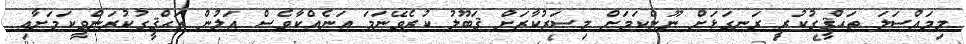
މިމައްސަލަ ތަޙްޤީގުކުރީ ރަނގަޅަށް ނޫންކަމަށް މިސަރުކާރަށް ޤަބޫލު ކުރެވޭނަމަ އަނެއްކާވެސް އަލުން ތަޙްޤީގުކުރަންވީކަމަށާއި